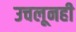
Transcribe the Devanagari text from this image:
उचलूनही